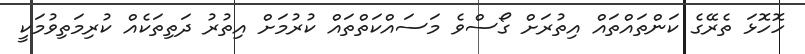
ހޮހޮޅަ ތެރޭގެ ކަންތައްތައް އިތުރަށް ގޯސްވެ މަސައްކަތްތައް ކުރުމަށް އިތުރު ދަތިތަކެއް ކުރިމަތިވުމަކީ